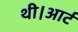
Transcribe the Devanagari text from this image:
थी।आर्ट